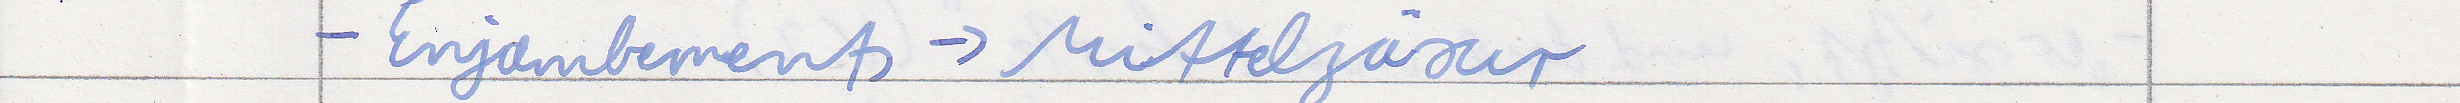
- Enjambements -> Mittelzäsur